Vaccine operations Central Provinces 1900-1911 - 1900-1911
Year: 1900
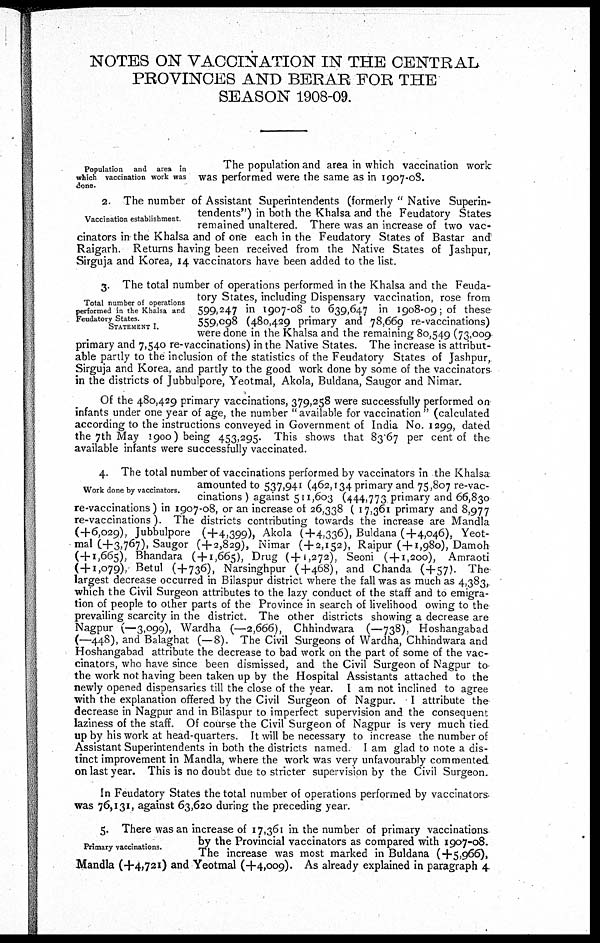
NOTES ON VACCINATION IN THE CENTRAL
PROVINCES AND BERAR FOR THE
SEASON 1908-09.
Population and area in
which vaccination work was
done.
The population and area in which vaccination work:
was performed were the same as in 1907-08.
Vaccination establishment.
2. The number of Assistant Superintendents (formerly " Native Superin-
tendents") in both the Khalsa and the Feudatory States
remained unaltered. There was an increase of two vac-
cinators in the Khalsa and of one each in the Feudatory States of Bastar and
Raigarh. Returns having been received from the Native States of Jashpur,
Sirguja and Korea, 14 vaccinators have been added to the list.
Total number of operations
performed in the Khalsa and
Feudatory States.
STATEMENT I.
3. The total number of operations performed in the Khalsa and the Feuda-
tory States, including Dispensary vaccination, rose from
599,247 in 1907-08 to 639,647 in 1908-09; of these
559,098 (480,429 primary and 78,669 re-vaccinations)
were done in the Khalsa and the remaining 80,549 (73,009
primary and 7,540 re-vaccinations) in the Native States. The increase is attribut-
able partly to the inclusion of the statistics of the Feudatory States of Jashpur,
Sirguja and Korea, and partly to the good work done by some of the vaccinators
in the districts of Jubbulpore, Yeotmal, Akola, Buldana, Saugor and Nimar.
Of the 480,429 primary vaccinations, 379,258 were successfully performed on
infants under one year of age, the number "available for vaccination " (calculated
according to the instructions conveyed in Government of India No. 1299, dated
the 7th May 1900) being 453,295. This shows that 83.67 per cent of the
available infants were successfully vaccinated.
Work done by vaccinators.
4. The total number of vaccinations performed by vaccinators in the Khalsa
amounted to 537,941 (462,134 primary and 75,807 re-vac-
cinations ) against 511,603 (444,773 primary and 66,830
re-vaccinations) in 1907-08, or an increase of 26,338 ( 17,361 primary and 8,977
re-vaccinations ). The districts contributing towards the increase are Mandla
(+6,029), Jubbulpore (+4,399), Akola (+4,336), Buldana (+4,046), Yeot-
mal (+3,767), Saugor (+2,829), Nimar (+2,152), Raipur (+1,980), Damoh
(+1,665), Bhandara (+1,665), Drug (+1,272), Seoni (+1,200), Amraoti
(+1,079), Betul (+736), Narsinghpur (+468), and Chanda (+57). The
largest decrease occurred in Bilaspur district where the fall was as much as 4,383,
which the Civil Surgeon attributes to the lazy conduct of the staff and to emigra-
tion of people to other parts of the Province in search of livelihood owing to the
prevailing scarcity in the district. The other districts showing a decrease are
Nagpur (-3,099), Wardha (-2,666), Chhindwara (-738), Hoshangabad
(-448), and Balaghat (-8). The Civil Surgeons of Wardha, Chhindwara and
Hoshangabad attribute the decrease to bad work on the part of some of the vac-
cinators, who have since been dismissed, and the Civil Surgeon of Nagpur to
the work not having been taken up by the Hospital Assistants attached to the
newly opened dispensaries till the close of the year. I am not inclined to agree
with the explanation offered by the Civil Surgeon of Nagpur. I attribute the
decrease in Nagpur and in Bilaspur to imperfect supervision and the consequent
laziness of the staff. Of course the Civil Surgeon of Nagpur is very much tied
up by his work at head-quarters. It will be necessary to increase the number of
Assistant Superintendents in both the districts named I am glad to note a dis-
tinct improvement in Mandla, where the work was very unfavourably commented
on last year. This is no doubt due to stricter supervision by the Civil Surgeon.
In Feudatory States the total number of operations performed by vaccinators.
was 76,131, against 63,620 during the preceding year.
Primary vaccinations.
5. There was an increase of 17,361 in the number of primary vaccinations
by the Provincial vaccinators as compared with 1907-08.
The increase was most marked in Buldana (+5,966),
Mandla (+4,721) and Yeotmal (+4,009). As already explained in paragraph 4